Tezpur Lunatic Asylum reports 1877-1894 - 1877-1894
Year: 1877
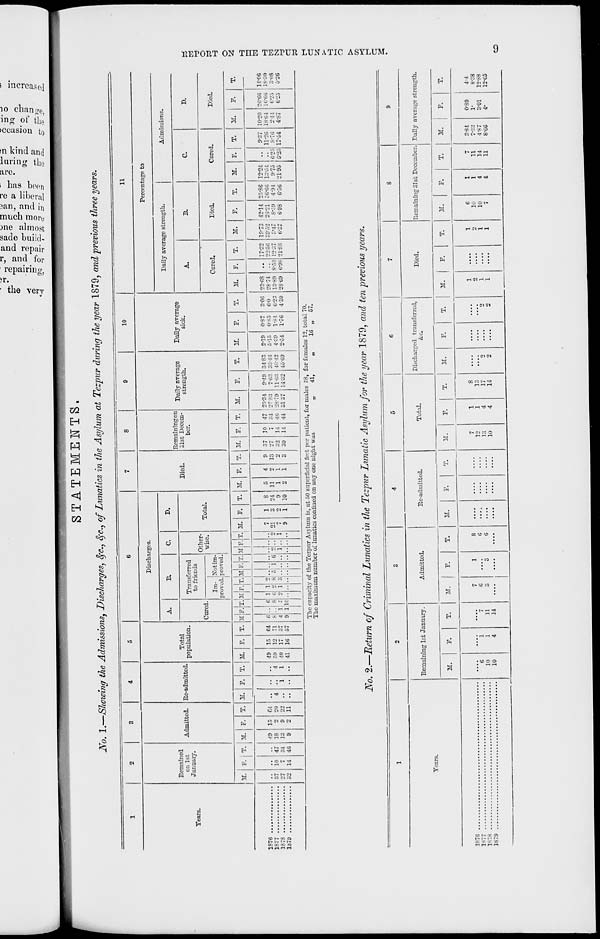
*-*:
-"J 59 t/i <w j - 11-
S* g P 3 P P c
P B
~ 5 a ■-•-
f= " - _,^ Cp "«
a:^ fVs «^r
ffi a. s:
3 3*
IB II
——
1
'
STATEMENTS.
JVo. 1.—Showing the Admissions, Discharges, §c, fyc., of Lunatics in the Asylum at Tezpur during the year 1879, and previous three years.
1
2
3
4
5
6
7
8
9
10
11
Remained
on 1st
January.
Admitted. Re-admitted.
Total
population.
Discharges.
Died.
Rcraainingon
31st Decem-
ber.
Daily average
strength.
Daily average
sick.
Percentage to
A.
B.
c.
D.
Daily average strength.
Admissions.
Tears.
Cured.
Transferred
to friends
Other-
wise.
Total.
A.
B.
C.
D.
Im-
proved.
Xot im-
proved.
Cured.
Died.
Cured.
Died.
M. P. | T.
1
M. F. T. M. F. T. M. F.
1
1
T.
MM
MF.T.-MRT.
1 1 I 1
MR r. M F. T. M. F. T. M. F. T. M. F. T. M. F.
T.
M.
F.
T.
M.
F.
T.
M.
F.
T.
M.
R
T.
M. j P.
T.
1*- ' vl ••••*•••••■«•■■•
37
27
32
io
14
47
34
46
49
18
13
9
2
9
2
20
22
ii
4 "i
4
1
49
59
40
41
IS
12
17
16
64
71
07
6
8
4
9
i
l
c
s
ll
1
G
1
1
5 1 c 2
1
••
9
1
7
21
7
9
1
2
i
8
24
9
10
5
11
1
2
4
2
1
1
9
13
2
37
27
32
30
10
7
14
14
s
40
44
25-84
27*83
28*79
31 37
9*49
7*03
11*63
14*32
3483
35*46
40*42
45*09
2*19
5*15
4*39
2*54
0*87
0*85
1-84
1*76
3*00
6*0
6*23
430
23*68
28*74
13*89
28*69
8 *59
6*98
17*32
22*56
1237
21*88
19*73
39*52
8-47
U'37
42*14
26*21
8'59
60S
25-86
36*66
4*94
6*56
12*24
13-54
9*75
21*95
6-25
0*2--.
9-37
11-26
8-76
17*54
10*20
18*64
2-44
4*87
26*66
16*66
6-25
6-23
11*06
18*30
3-< >3
5-26
The capacity of the Tczpnr Asylum is, at 50 superficial foot per patient, for males 58, for females 12, total 70.
The maximum number of lunatics confined on any one night was
„
41,
„
16 „ 57.
JS'o. 2.—Return of Criminal Lunatics in the Tezpur Lunatic Asylum for the year 1879, and ten previous years.
1
2
3
4
5
6
7
8
9
Tears.
Piemaining 1st January.
Admitted.
Re-admitted.
Total.
Discharged transferred,
&c
Died.
Remaining 31st December. Daily average strength.
M.
F.
T.
M.
F.
T.
M.
F.
T.
M.
P.
T.
M.
P.
T.
M.
P.
T.
M.
P.
T.
M.
P.
T.
1876
"G
10
10
...
1
4
7
11
14
7
6
1
"3
8
0
c
....
....
....
7
12
13
10
1
1
4
4
8
13
17
14
2
2
....
2
2
1
2
1
1
....
1
0
1
1
6
10
10
7
1
1
4
4
7
11
14
11
8-84
4-87
8-66
0*SO
1*
3*01
4-
4-4
1877
8*38
1S78
12-88
1879
12*65
PI
O
►3
O
1-3
n
N
a
w
1—1
t>
GO
q
3
CO